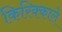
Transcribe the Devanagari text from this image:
किरिक्काले